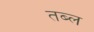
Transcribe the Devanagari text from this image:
तब्ल